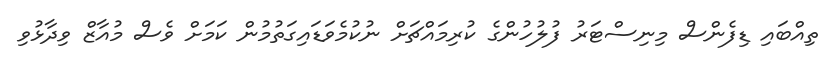
ތިއްބައި ޑިފެންސް މިނިސްޓަރު ފުލުހުންގެ ކުރިމައްޗަށް ނުކުމެވަޑައިގަތުމުން ކަމަށް ވެސް މުއާޒް ވިދާޅުވި